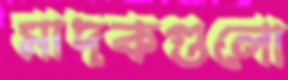
মাদকগুলো